Indian journal of veterinary science and animal husbandry - Volumes 18-21, 1948-1951
Year: 1948
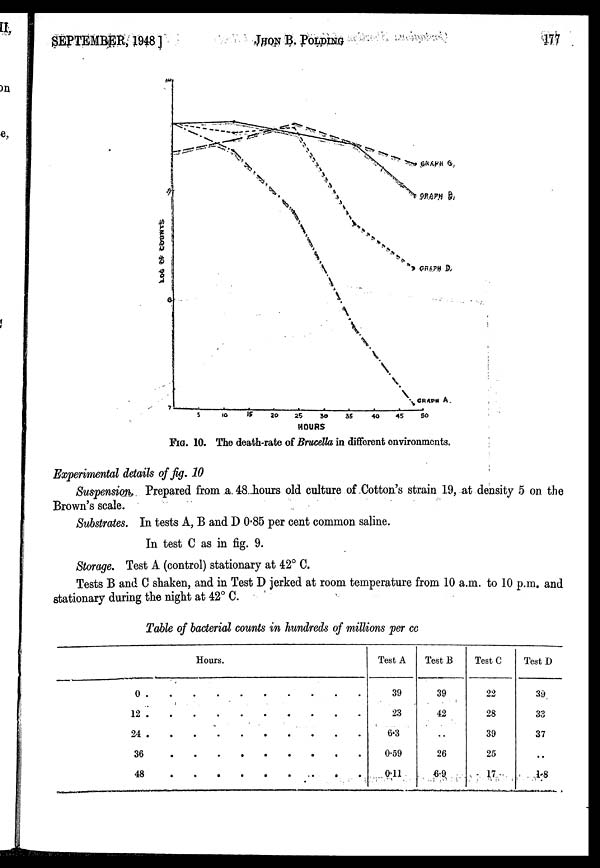
SEPTEMBER,
1948]
JHON
B.
POLDING
177
FIG. 10. The death-rate of Brucella in different environments.
Experimental details of fig. 10
Suspension, Prepared from a. 48 hours old culture of Cotton's strain 19, at density 5 on the
Brown's scale.
Substrates. In tests A, B and D 0.85 per cent common saline.
In test C as in fig. 9.
Storage. Test A (control) stationary at 42° C.
Tests B and C shaken, and in Test D jerked at room temperature from 10 a.m. to 10 p.m. and
stationary during the night at 42° C.
Table of bacterial counts in hundreds of millions per cc
Hours.
0 . . . . . . . .
12 . . . . . . . .
24 . . . . . . . .
36 . . . . . . . .
48 . . . . . . . .
Test A
39
23
6.3
0.59
0.11
Test B
39
42
..
26
6.9
Test C
22
28
39
25
17
Test D
39
33
37
..
1.8